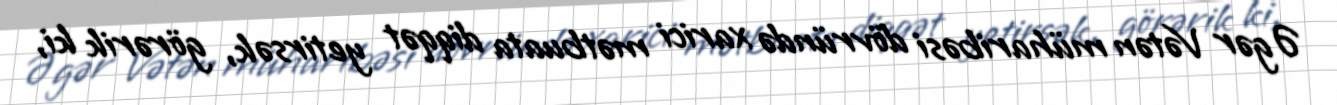
Əgər Vətən müharibəsi dövründə xarici mətbuata diqqət yetirsək, görərik ki,